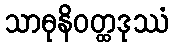
သာဓုနိဝတ္ထဒုဿံ